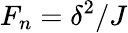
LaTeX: F_{n}=\delta^{2}/J